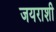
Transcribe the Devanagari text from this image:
जयराशी